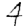
Digit: 4